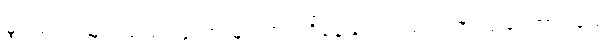
မွတ်စလင်များသည် လူသားများတည်ရှိနေခြင်းသည် ဘုရားသခင်အား ခယ